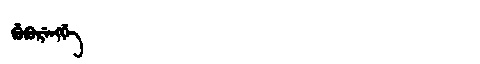
Manchu: ᡤᡠᡴᡠᡵᡝᠩᡤᡝ
Romanization: GUKURENGGE